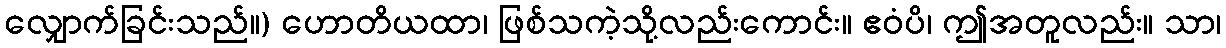
လျှောက်ခြင်းသည်။) ဟောတိယထာ၊ ဖြစ်သကဲ့သို့လည်းကောင်း။ ဧဝံပိ၊ ဤအတူလည်း။ သာ၊